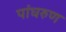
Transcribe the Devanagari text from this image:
पांघरुण